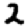
Digit: 2